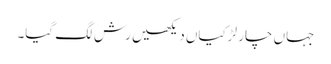
جہاں چار لڑکیاں دیکھیں رش لگ گیا۔